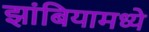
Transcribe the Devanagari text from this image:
झांबियामध्ये